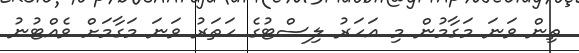
ތިން ވަނަ މަގާމުން މި އަހަރު ލިސްޓުގެ ހަތަރު ވަނަ މަގާމަށް ވެއްޓުނު